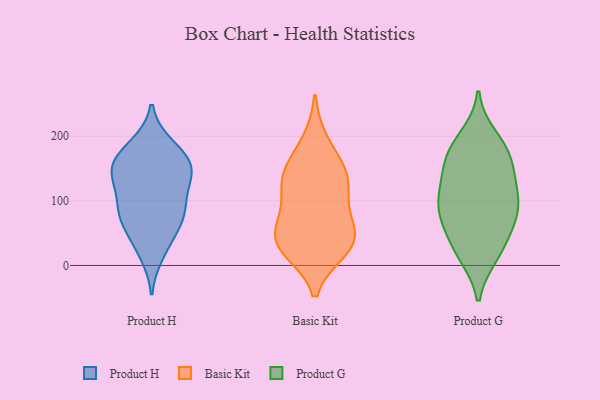
{"axis": {"x": "Website Visitors", "y": "Value"}, "legend": ["Basic Kit", "Product G", "Product H"], "data": [{"x": "", "y": 186, "type": "Product H"}, {"x": "", "y": 119, "type": "Product H"}, {"x": "", "y": 144, "type": "Product H"}, {"x": "", "y": 36, "type": "Product H"}, {"x": "", "y": 63, "type": "Product H"}, {"x": "", "y": 73, "type": "Product H"}, {"x": "", "y": 130, "type": "Product H"}, {"x": "", "y": 87, "type": "Product H"}, {"x": "", "y": 143, "type": "Product H"}, {"x": "", "y": 18, "type": "Product H"}, {"x": "", "y": 160, "type": "Product H"}, {"x": "", "y": 86, "type": "Product H"}, {"x": "", "y": 82, "type": "Product H"}, {"x": "", "y": 156, "type": "Product H"}, {"x": "", "y": 157, "type": "Product H"}, {"x": "", "y": 181, "type": "Product H"}, {"x": "", "y": 129, "type": "Basic Kit"}, {"x": "", "y": 41, "type": "Basic Kit"}, {"x": "", "y": 191, "type": "Basic Kit"}, {"x": "", "y": 42, "type": "Basic Kit"}, {"x": "", "y": 150, "type": "Basic Kit"}, {"x": "", "y": 136, "type": "Basic Kit"}, {"x": "", "y": 71, "type": "Basic Kit"}, {"x": "", "y": 25, "type": "Basic Kit"}, {"x": "", "y": 39, "type": "Basic Kit"}, {"x": "", "y": 92, "type": "Basic Kit"}, {"x": "", "y": 29, "type": "Basic Kit"}, {"x": "", "y": 133, "type": "Basic Kit"}, {"x": "", "y": 23, "type": "Product G"}, {"x": "", "y": 177, "type": "Product G"}, {"x": "", "y": 99, "type": "Product G"}, {"x": "", "y": 156, "type": "Product G"}, {"x": "", "y": 60, "type": "Product G"}, {"x": "", "y": 199, "type": "Product G"}, {"x": "", "y": 124, "type": "Product G"}, {"x": "", "y": 166, "type": "Product G"}, {"x": "", "y": 114, "type": "Product G"}, {"x": "", "y": 183, "type": "Product G"}, {"x": "", "y": 75, "type": "Product G"}, {"x": "", "y": 88, "type": "Product G"}, {"x": "", "y": 141, "type": "Product G"}, {"x": "", "y": 94, "type": "Product G"}, {"x": "", "y": 22, "type": "Product G"}, {"x": "", "y": 16, "type": "Product G"}, {"x": "", "y": 68, "type": "Product G"}]}